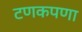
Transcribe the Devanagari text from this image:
टणकपणा